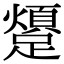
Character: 𨆜